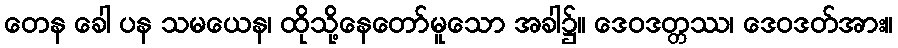
တေန ခေါ ပန သမယေန၊ ထိုသို့နေတော်မူသော အခါ၌။ ဒေဝဒတ္တဿ၊ ဒေဝဒတ်အား။